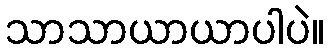
သာသာယာယာပါပဲ။